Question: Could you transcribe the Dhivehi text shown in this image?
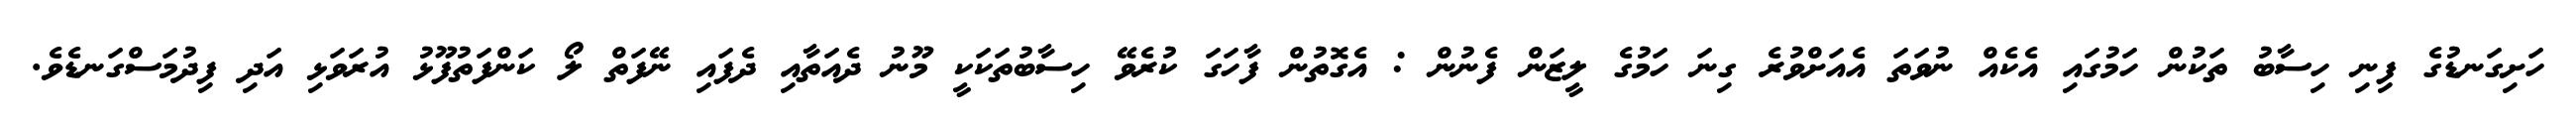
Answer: ހަށިގަނޑުގެ ފިނި ހިސާބު ތަކުން ހަމުގައި އެކެއް ނުވަތަ އެއަށްވުރެ ގިނަ ހަމުގެ ލީޒަން ފެނުން : އެގޮތުން ފާހަގަ ކުރެވޭ ހިސާބުތަކަކީ މޫނު ދެއަތާއި ދެފައި ނޭފަތް ލޯ ކަންފަތުފޫޅު އުރަވަޅި އަދި ފިދުމަސްގަނޑެވެ.